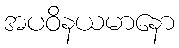
အပဝိနယမာနော